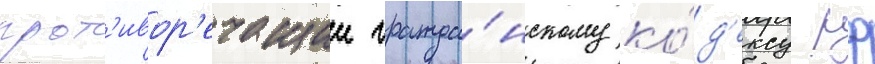
прот'ивор'ечащии гражда́нскому ко́д'ексу рф